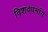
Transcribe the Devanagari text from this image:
विशवधर्माय